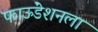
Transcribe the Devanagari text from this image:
फाऊंडेशनला